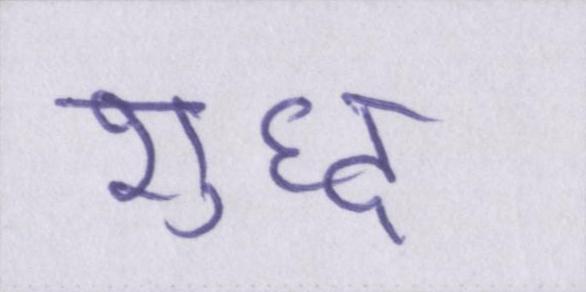
शुध्द